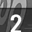
Digit: 2